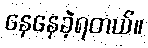
နေနေခဲ့ရတယ်။